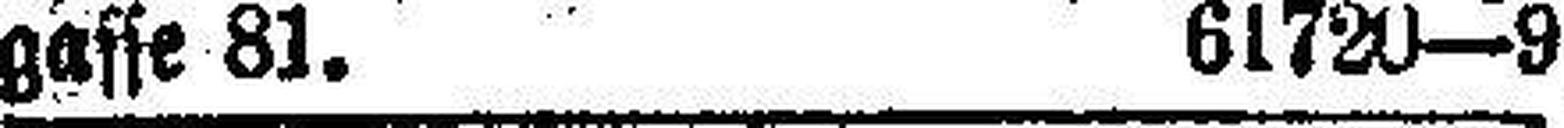
gasse 81. 61720—9